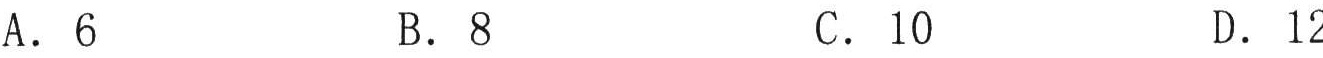
A．6  B．8  C．10  D．12